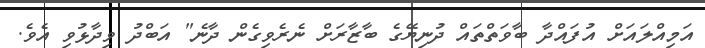
އަމިއްލައަށް އުފައްދާ ބާވަތްތައް ދުނިޔޭގެ ބާޒާރަށް ނެރެވިގެން ދާނެ" އަބްދު ވިދާޅުވި އެވެ.